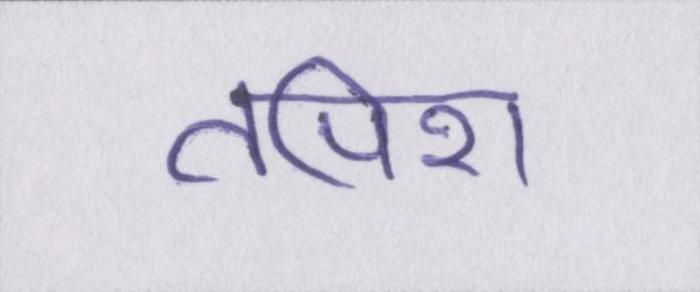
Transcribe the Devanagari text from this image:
तपिश